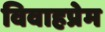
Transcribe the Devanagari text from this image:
विवाहप्रेम